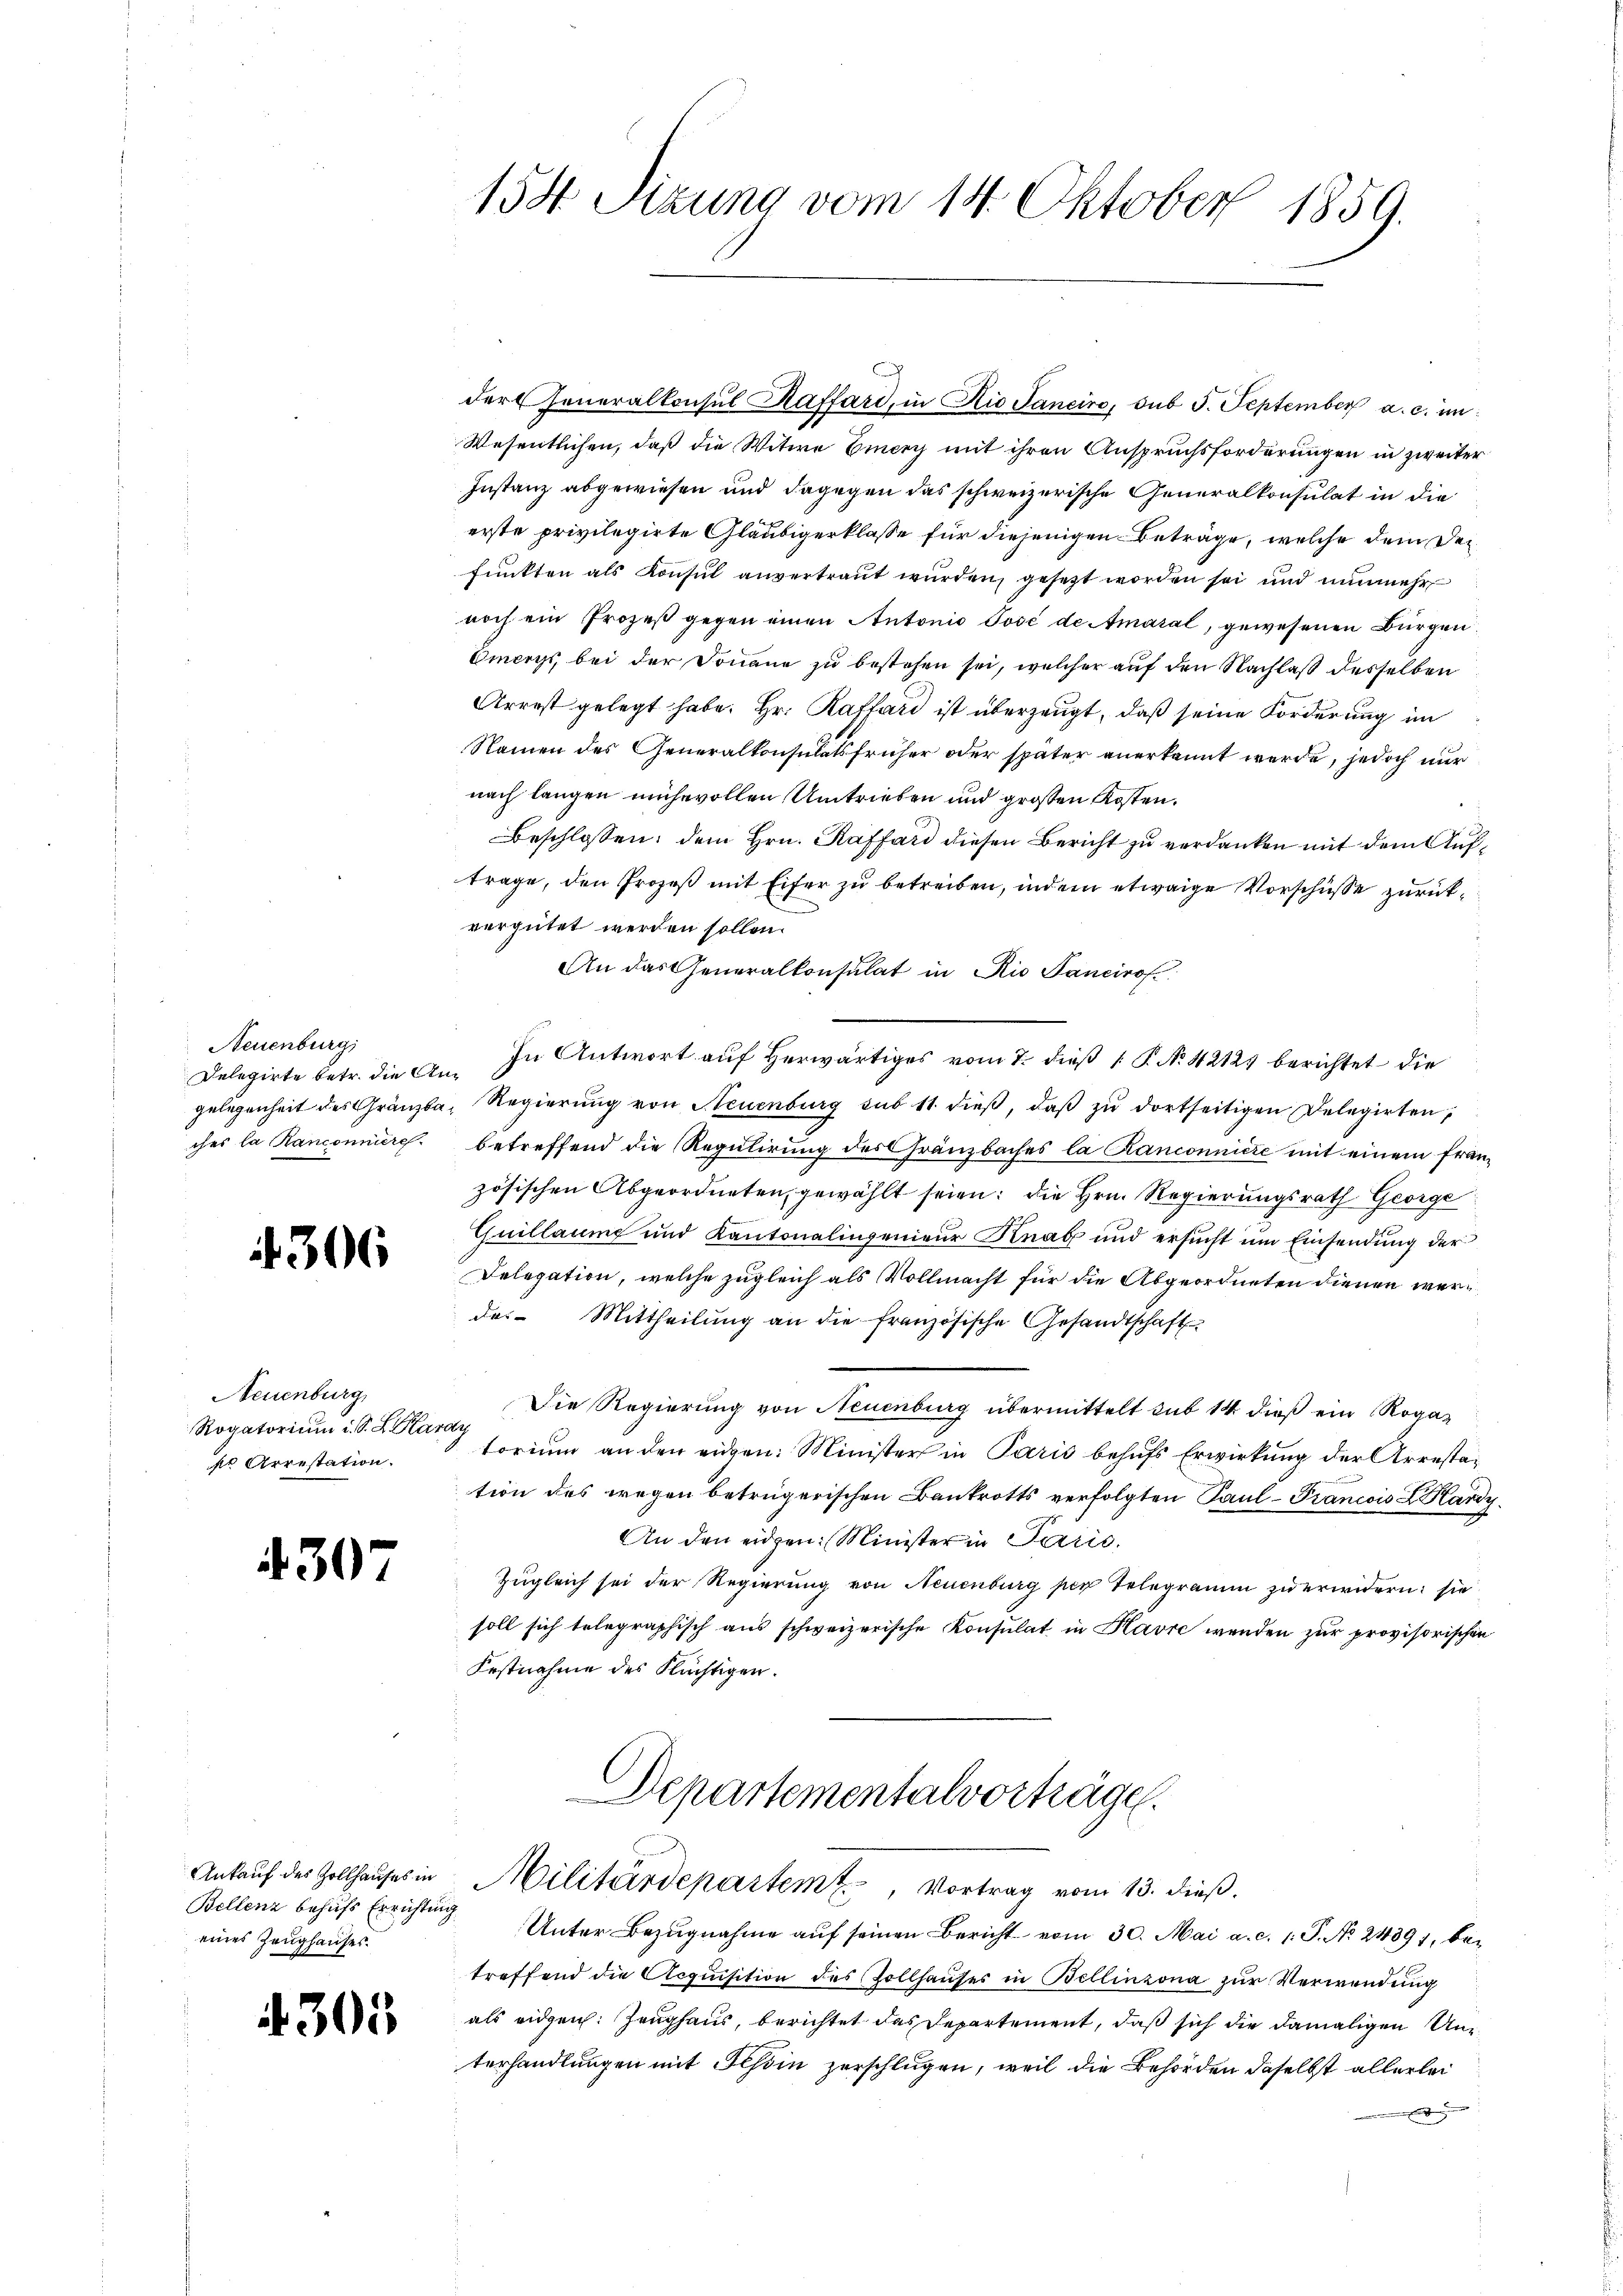
Neuenburg
Delegirte betr. die An¬

306

Neuenburg
Rogatorium i. S. L. Karay
pr Arrestation.

4307

Bellenz behufs Errichtung
eines Zeughauses.

4305

158 Sizung vom 14. Oktober 1859.

Wesentlichen, daß die Witwe Eiery mit ihren Anspruchsforderungen in zweiter
Instanz abgewiesen und dagegen das schweizerische Generalkonsulat in die
erste privilegirte Gläubigerklasse für diejenigen Beträge, welche dem Defunkten als Konsul anvertraut wurden, gesetzt worden sei und nunmehr
noch ein Prozeß gegen einen Antonio José de Amaral, gewesenen Bürgen
Omers, bei der Donaue zu bestehen sei, welcher auf den Nachlaß desselben
Arrest gelegt habe. Hr. Rathard ist überzeugt, daß seine Forderung im
Namen des Generalkonsulatsfrüher oder später anerkannt werde, jedoch nur
nach langen mühevollen Umtrieben und grossen Kosten.
Beschlossen, dem Hrn. Raffard diesen Bericht zu verdanken mit dem Auftrage, den Prozeß mit Eifer zu betreiben, indem etwaige Vorschüsse zurückvergütet werden sollen.
An das Generalkonsulat in Rio Sancirof.
In Antwort auf Herwärtiges vom 7. dieß  P. No 42121 berichtet die
gelegenheit des Gränzba, Regierŭng von Neuenburg sub 11 dieβ, daβ zŭ dortseitigen Delegirten,
ches la Ranconniere betreffend die Regulirung des Gränzbaches la Ranconniere mit einem franz
zösischen Abgeordneten gewählt seien: die Hrn. Regierungsrath George
Quillaump und Kantonalingenieur Knab und ersucht um Einsendung der
Delegation, welche zugleich als Vollmacht für die Abgeordneten dienen werdes Mittheilŭng an die französische Gesandtschaft
Die Regierung von Neuenburg übermittelt sub 14 dieß ein Rogatorium an den eigen: Minister in Paris behufs Erwirkung der Arrestation des wegen betrügerischen Bankrotts verfolgten Paul - Francois L. Kardy
An den eidgen: Minister in Parić,
Zugleich sei der Regierung von Neuenburg per Telegramm zu erwidern: sie
soll sich telegraphisch aus schweizerische Konsulat in Havre wenden zur provisorischen
Festnahme des Flüchtigen.
Departementalvorträge.

h
dert Generalkonsul Raffard, in Rio Sancirs, sub 5. September a. c. un

Unter Bezugnahme auf seinen Bericht vom 30. Mai a. c. 1. P. No. 24891, betreffend die Acquisition des Zollhaŭses in Bellinzona zur Verwendung
als eidgen. Zeughaus, berichtet das Departement, daß sich die damaligen Unterhandlungen mit Tessin zerschlugen, weil die Behörden daselbst allerleid

Ankauf des Zollhauses in Militärdepartemt, Vortrag vom 13. dieß.